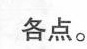
各点。